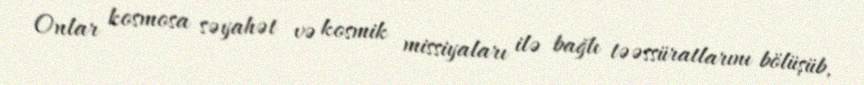
Onlar kosmosa səyahət və kosmik missiyaları ilə bağlı təəssüratlarını bölüşüb,